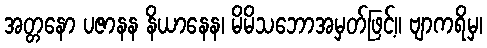
အတ္တနော ပဇာနန နိယာနေန၊ မိမိသဘောအမှတ်ဖြင့်။ ဗျာကရိမှ၊